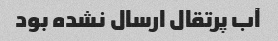
آب پرتقال ارسال نشده بود